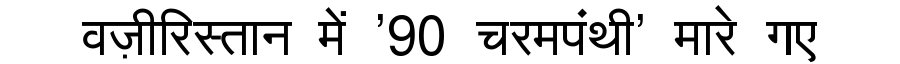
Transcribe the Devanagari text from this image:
वज़ीरिस्तान में '90 चरमपंथी' मारे गए